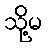
သို့မ